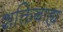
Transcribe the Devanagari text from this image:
शक्तिबाह्य